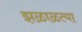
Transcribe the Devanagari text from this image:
झळाळत्या